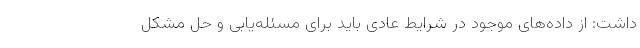
داشت: از داده‌های موجود در شرایط عادی باید برای مسئله‌یابی و حل مشکل